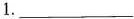
1___